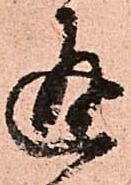
通